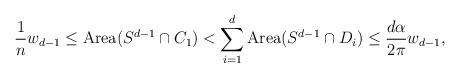
LaTeX: \begin{align*} \frac1n w_{d-1} \le \operatorname{Area}(S^{d-1} \cap C_1) < \sum_{i=1}^d \operatorname{Area} (S^{d-1}\cap D_i) \le \frac{d\alpha}{2\pi}w_{d-1}, \end{align*}